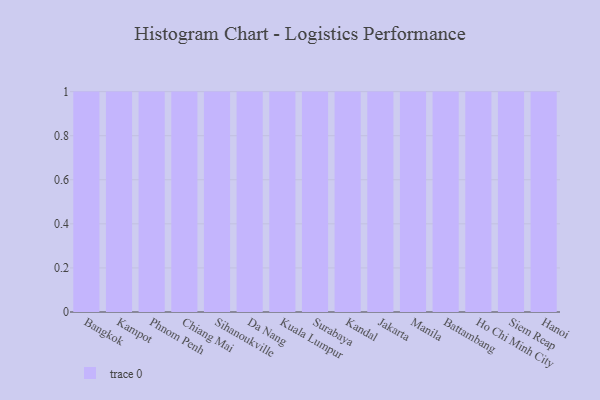
{"axis": {"x": "City", "y": "Population (Million)"}, "legend": [""], "data": [{"x": "Bangkok", "y": 41, "type": ""}, {"x": "Kampot", "y": 45, "type": ""}, {"x": "Phnom Penh", "y": 17, "type": ""}, {"x": "Chiang Mai", "y": 31, "type": ""}, {"x": "Sihanoukville", "y": 80, "type": ""}, {"x": "Da Nang", "y": 84, "type": ""}, {"x": "Kuala Lumpur", "y": 94, "type": ""}, {"x": "Surabaya", "y": 75, "type": ""}, {"x": "Kandal", "y": 12, "type": ""}, {"x": "Jakarta", "y": 46, "type": ""}, {"x": "Manila", "y": 6, "type": ""}, {"x": "Battambang", "y": 100, "type": ""}, {"x": "Ho Chi Minh City", "y": 85, "type": ""}, {"x": "Siem Reap", "y": 69, "type": ""}, {"x": "Hanoi", "y": 24, "type": ""}]}